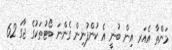
މަންތާ އެއަރ އިން ބުނީ އެ ކުންފުނިން ގެންނަ ބޯޓުތަކުގެ ޖާގަ 62